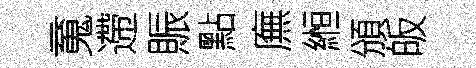
䰟遰賑點廡縆頒皈